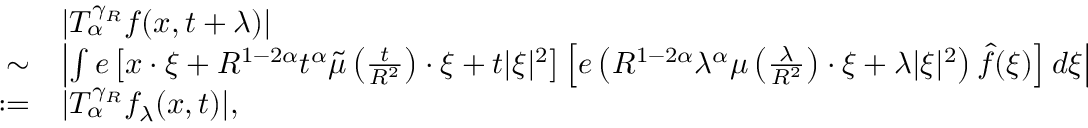
\begin{array} { r l } & { | T _ { \alpha } ^ { \gamma _ { R } } f ( x , t + \lambda ) | } \\ { \sim } & { \left| \int e \left[ x \cdot \xi + R ^ { 1 - 2 \alpha } t ^ { \alpha } \tilde { \mu } \left( \frac { t } { R ^ { 2 } } \right) \cdot \xi + t | \xi | ^ { 2 } \right] \left[ e \left( R ^ { 1 - 2 \alpha } \lambda ^ { \alpha } \mu \left( \frac { \lambda } { R ^ { 2 } } \right) \cdot \xi + \lambda | \xi | ^ { 2 } \right) \widehat { f } ( \xi ) \right] d \xi \right| } \\ { : = } & { | T _ { \alpha } ^ { \gamma _ { R } } f _ { \lambda } ( x , t ) | , } \end{array}